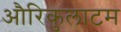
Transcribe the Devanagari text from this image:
औरिकुलाटम